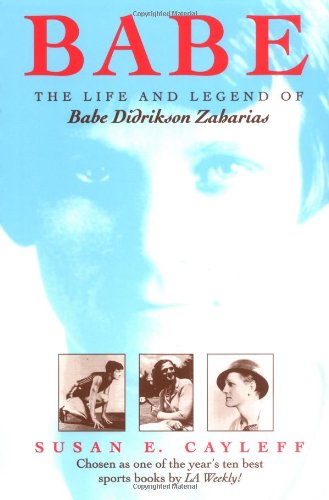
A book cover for Babe: The Life and Legend of Babe Didrikson Zaharias (Sport and Society); Susan E. Cayleff; Biographies & Memoirs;